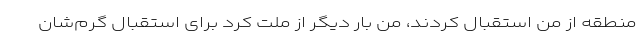
منطقه از من استقبال کردند، من بار دیگر از ملت کرد برای استقبال گرم‌شان